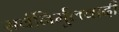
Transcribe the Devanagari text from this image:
सर्वनिर्मूलवादी